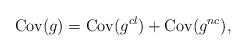
LaTeX: \begin{align*}{\rm Cov}(g) = {\rm Cov}(g^{cl}) + {\rm Cov}(g^{nc}) ,\end{align*}